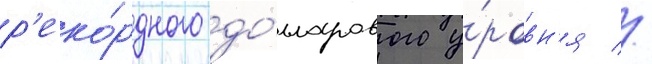
р'еко́рдного до́лларового у́ровн'я //